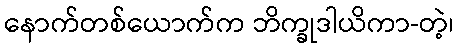
နောက်တစ်ယောက်က ဘိက္ခုဒါယိကာ-တဲ့၊